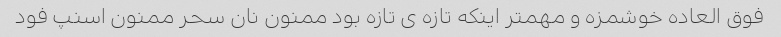
فوق العاده خوشمزه و مهمتر اینکه تازه ی تازه بود ممنون نان سحر ممنون اسنپ فود